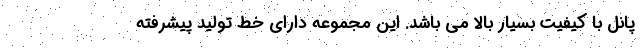
پانل با کیفیت بسیار بالا می باشد. این مجموعه دارای خط تولید پیشرفته